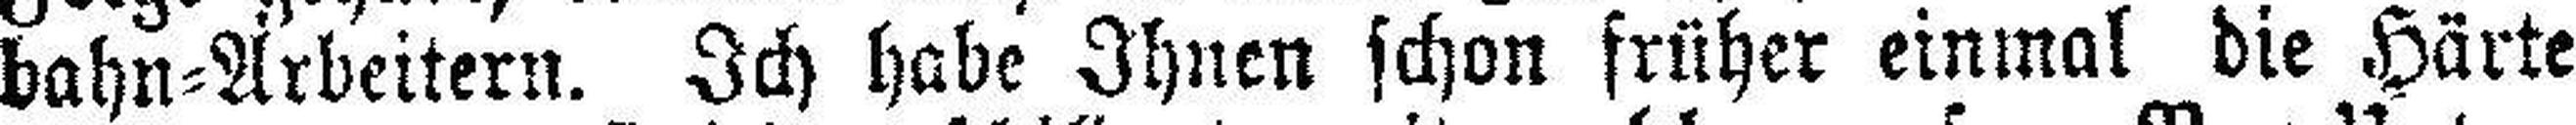
bahn=Arbeitern. Ich habe Ihnen schon früher einmal die Härte